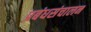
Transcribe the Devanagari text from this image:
प्रबंधसंचालन